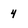
Character: 4